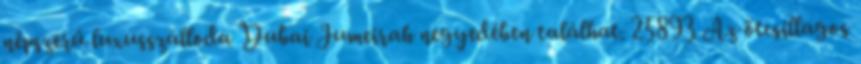
népszerű luxusszálloda Dubai Jumeirah negyedében találhat. 25893 Az ötcsillagos